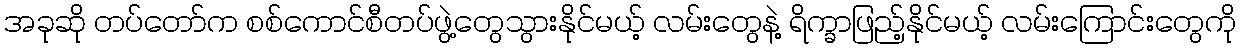
အခုဆို တပ်တော်က စစ်ကောင်စီတပ်ဖွဲ့တွေသွားနိုင်မယ့် လမ်းတွေနဲ့ ရိက္ခာဖြည့်နိုင်မယ့် လမ်းကြောင်းတွေကို